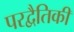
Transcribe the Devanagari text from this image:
परद्वैतिकी